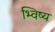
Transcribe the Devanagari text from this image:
भ्विष्य